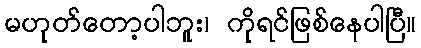
မဟုတ်တော့ပါဘူး၊ ကိုရင်ဖြစ်နေပါပြီ။